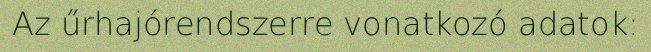
Az űrhajórendszerre vonatkozó adatok: